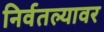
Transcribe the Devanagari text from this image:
निर्वतल्यावर